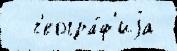
  г'еогра́ф'иjа